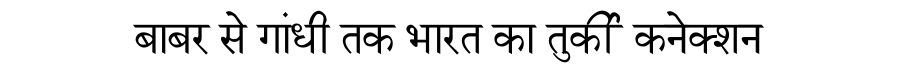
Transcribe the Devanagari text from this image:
बाबर से गांधी तक भारत का तुर्की कनेक्शन